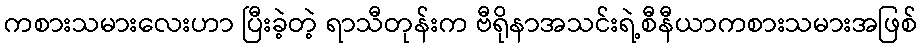
ကစားသမားလေးဟာ ပြီးခဲ့တဲ့ ရာသီတုန်းက ဗီရိုနာအသင်းရဲ့စီနီယာကစားသမားအဖြစ်